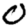
Digit: 0